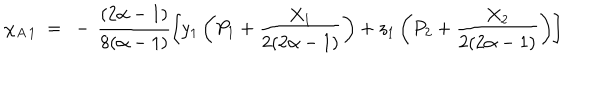
\chi _ { A \, 1 } ~ = ~ - \, \frac { ( 2 \alpha - 1 ) } { 8 ( \alpha - 1 ) } \left[ y _ { 1 } \left( P _ { 1 } + \frac { X _ { 1 } } { 2 ( 2 \alpha - 1 ) } \right) + z _ { 1 } \left( P _ { 2 } + \frac { X _ { 2 } } { 2 ( 2 \alpha - 1 ) } \right) \right]